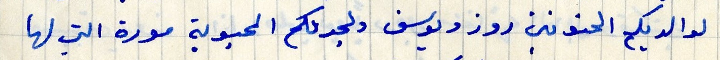
لوالديكم الحنونين روز ويوسف ولجدتكم المحبوبة مورة التي لها